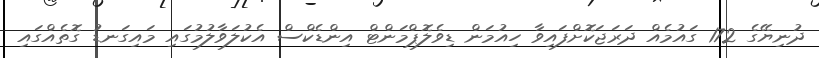
ދުނިޔޭގެ 172 ގައުމެއް ދަރަޖަކޮށްފައިވާ ހިއުމަން ޑިވެލޮޕްމަންޓް އިންޑެކްސް އެކުލަވާލުމުގައި މައިގަނޑު ގޮތެއްގައި